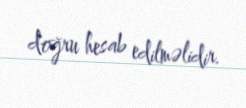
doğru hesab edilməlidir.